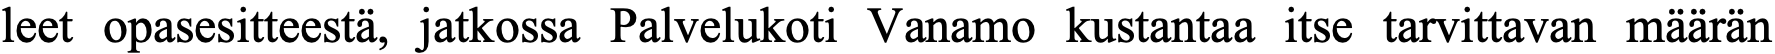
leet opasesitteestä, jatkossa Palvelukoti Vanamo kustantaa itse tarvittavan määrän